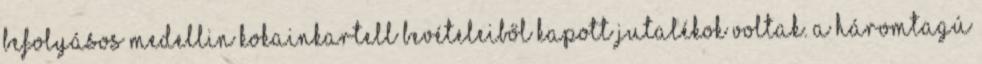
befolyásos Medellin kokainkartell bevételeiből kapott jutalékok voltak. A háromtagú